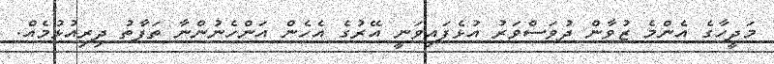
މަދީހާގެ އެންމެ ޒުވާން ދުވަސްވަރު އުޅެފައިވަނީ އޭރުގެ އެހެން އަންހެނުންނާ ތަފާތު ދިރިއުޅުމެއް.